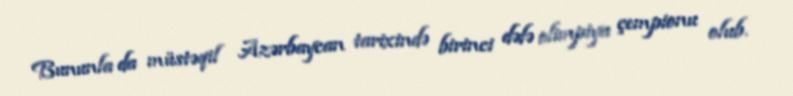
Bununla da müstəqil Azərbaycan tarixində birinci dəfə olimpiya çempionu olub.